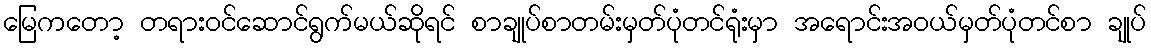
မြေကတော့ တရားဝင်ဆောင်ရွက်မယ်ဆိုရင် စာချုပ်စာတမ်းမှတ်ပုံတင်ရုံးမှာ အရောင်းအဝယ်မှတ်ပုံတင်စာ ချုပ်